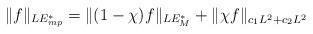
LaTeX: \begin{align*}\|f\|_{LE_{mp}^*} = \| (1-\chi) f\|_{LE_M^*} + \|\chi f\|_{c_1 L^2 + c_2 L^2}\end{align*}